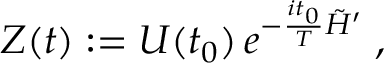
Z ( t ) : = { \cal U } ( t _ { 0 } ) \, e ^ { - \frac { i t _ { 0 } } { T } \tilde { H } ^ { \prime } } \; ,